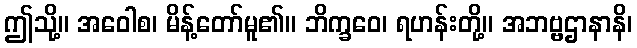
ဤသို့။ အဝေါစ၊ မိန့်တော်မူ၏။ ဘိက္ခဝေ၊ ရဟန်းတို့။ အဘဗ္ဗဌာနာနိ၊